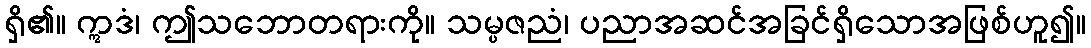
ရှိ၏။ ဣဒံ၊ ဤသဘောတရားကို။ သမ္ပဇညံ၊ ပညာအဆင်အခြင်ရှိသောအဖြစ်ဟူ၍။